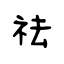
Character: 祛